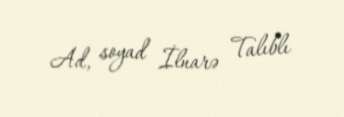
Ad, soyad İlnarə Talıblı